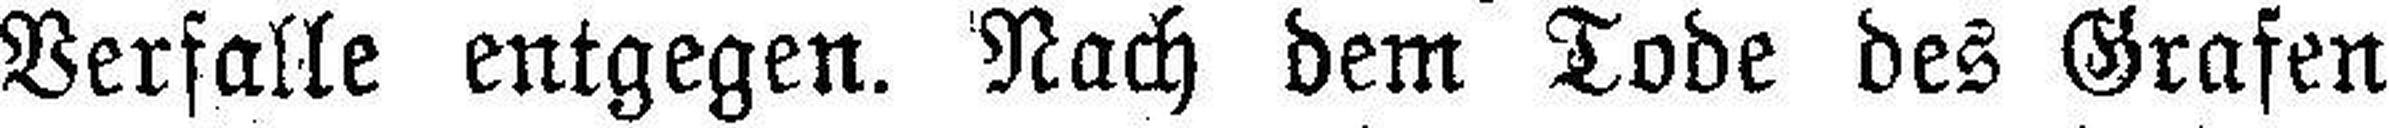
Verfalle entgegen. Nach dem Tode des Grafen